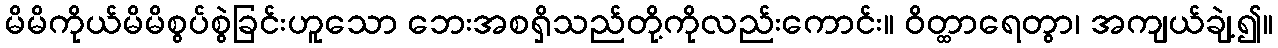
မိမိကိုယ်မိမိစွပ်စွဲခြင်းဟူသော ဘေးအစရှိသည်တို့ကိုလည်းကောင်း။ ဝိတ္ထာရေတွာ၊ အကျယ်ချဲ့၍။